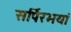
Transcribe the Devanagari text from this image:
सर्पिरभयां